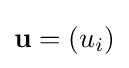
\mathbf {u} =\left(u_{i}\right)